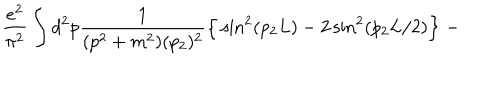
LaTeX: \frac { e ^ { 2 } } { \pi ^ { 2 } } \int d ^ { 2 } p \frac { 1 } { ( p ^ { 2 } + m ^ { 2 } ) ( p _ { 2 } ) ^ { 2 } } \Big \{ \sin ^ { 2 } ( p _ { 2 } L ) - 2 \sin ^ { 2 } ( p _ { 2 } L / 2 ) \Big \} \; -